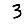
Digit: 3